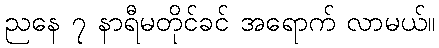
ညနေ ၇ နာရီမတိုင်ခင် အရောက် လာမယ်။